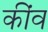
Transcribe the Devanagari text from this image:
कींव